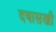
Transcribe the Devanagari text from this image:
दयासखी